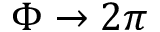
\Phi \to 2 \pi